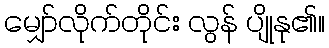
မျှော်လိုက်တိုင်း လွန် ပျိုနု၏။